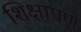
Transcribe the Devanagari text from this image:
शिक्षापण